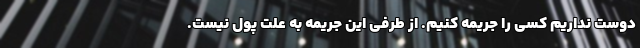
دوست نداریم کسی را جریمه کنیم. از طرفی این جریمه به علت پول نیست.